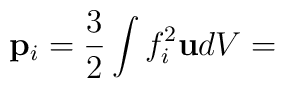
\mathbf{p}_{i}=\frac{3}{2}\int f_{i}^{2}\mathbf{u}dV=